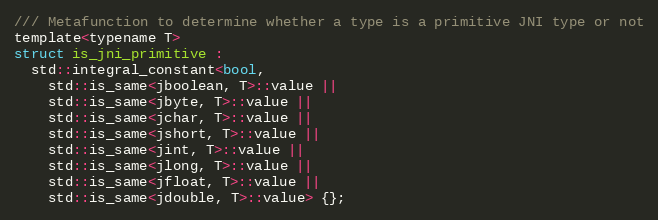
Language: C
/// Metafunction to determine whether a type is a primitive JNI type or not
template<typename T>
struct is_jni_primitive :
  std::integral_constant<bool,
    std::is_same<jboolean, T>::value ||
    std::is_same<jbyte, T>::value ||
    std::is_same<jchar, T>::value ||
    std::is_same<jshort, T>::value ||
    std::is_same<jint, T>::value ||
    std::is_same<jlong, T>::value ||
    std::is_same<jfloat, T>::value ||
    std::is_same<jdouble, T>::value> {};